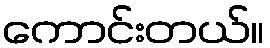
ကောင်းတယ်။